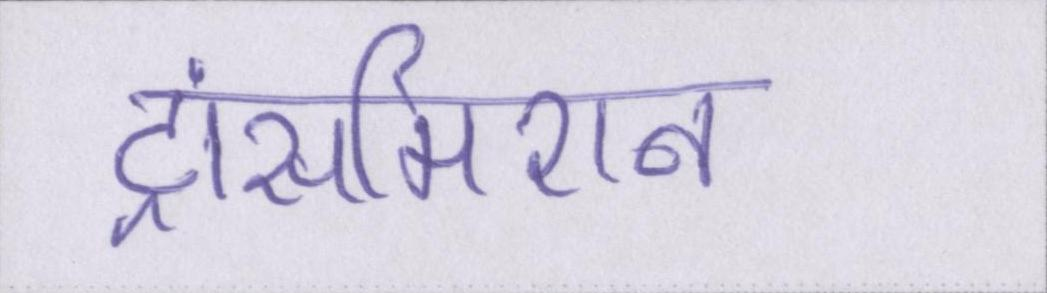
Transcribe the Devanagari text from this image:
ट्रांसमिशन